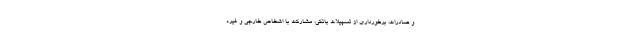
و صادرات، برخورداری از تسهیلات بانکی، مشارکت با اشخاص خارجی و غیره